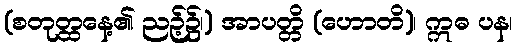
(စတုတ္ထနေ့၏ ညဉ့်၌၊) အာပတ္တိ (ဟောတိ)၊ ဣဓ ပန၊